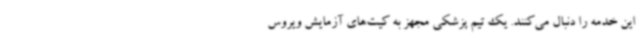
این خدمه را دنبال می‌کنند. یک تیم پزشکی مجهز به کیت‌های آزمایش ویروس